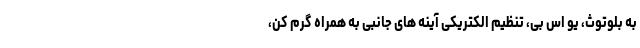
به بلوتوث، یو اس بی، تنظیم الکتریکی آینه های جانبی به همراه گرم کن،